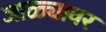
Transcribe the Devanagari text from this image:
जाळ्यावर